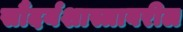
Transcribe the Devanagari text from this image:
सौंदर्यशास्त्रावरील